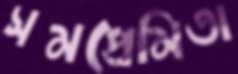
সমপ্রেমিতা